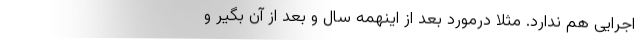
اجرایی هم ندارد. مثلا درمورد بعد از اینهمه سال و بعد از آن بگیر و